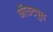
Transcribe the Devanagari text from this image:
ऑउटपुत